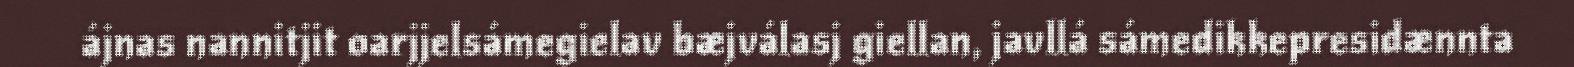
ájnas nannitjit oarjjelsámegielav bæjválasj giellan, javllá sámedikkepresidænnta